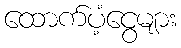
ထောက်ပံ့ငွေများ